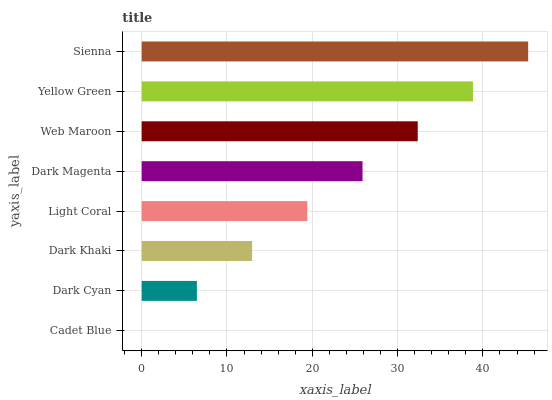
| yaxis_label | bars |
 | --- | --- |
 | Cadet Blue | 0 |
 | Dark Cyan | 6.47 |
 | Dark Khaki | 12.9 |
 | Light Coral | 19.4 |
 | Dark Magenta | 25.9 |
 | Web Maroon | 32.4 |
 | Yellow Green | 38.8 |
 | Sienna | 45.3 |